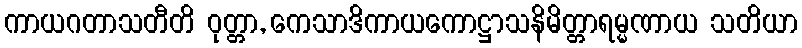
ကာယဂတာသတီတိ ဝုတ္တာ, ကေသာဒိကာယကောဋ္ဌာသနိမိတ္တာရမ္မဏာယ သတိယာ